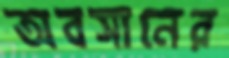
অবসানের